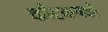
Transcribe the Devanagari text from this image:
कीटकपक्षी